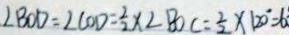
\angle B O D = \angle C O D = \frac { 2 } { 2 } \times \angle B O C = \frac { 1 } { 2 } \times 1 2 0 ^ { \circ } = 6